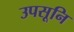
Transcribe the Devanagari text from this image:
उपसूनि